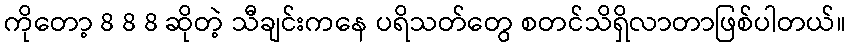
ကိုတော့ 8 8 8 ဆိုတဲ့ သီချင်းကနေ ပရိသတ်တွေ စတင်သိရှိလာတာဖြစ်ပါတယ်။